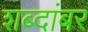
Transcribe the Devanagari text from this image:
शब्दांबर